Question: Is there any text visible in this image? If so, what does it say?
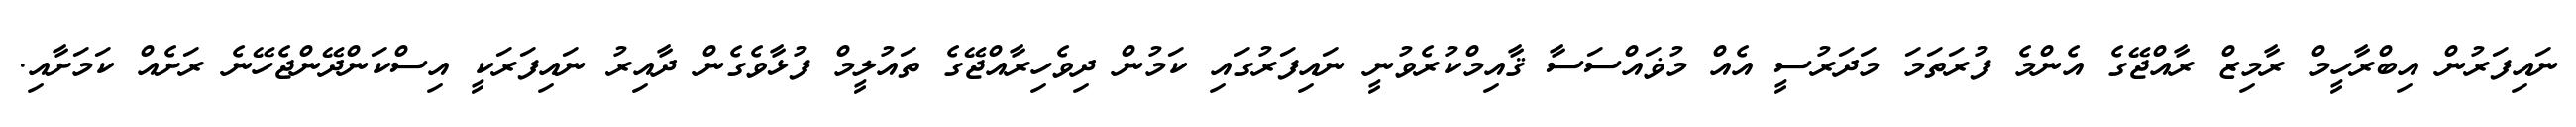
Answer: ނައިފަރުން އިބްރާހީމް ރާމިޒް ރާއްޖޭގެ އެންމެ ފުރަތަމަ މަދަރުސީ އެއް މުޥައްސަސާ ޤާއިމްކުރެވުނީ ނައިފަރުގައި ކަމުން ދިވެހިރާއްޖޭގެ ތައުލީމް ފުޅާވެގެން ދާއިރު ނައިފަރަކީ އިސްކަންދޭންޖެހޭނެ ރަށެއް ކަމަށާއި.